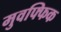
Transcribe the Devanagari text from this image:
मुवफ्फिक